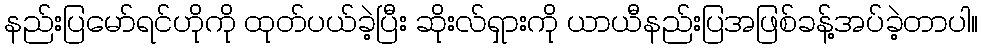
နည်းပြမော်ရင်ဟိုကို ထုတ်ပယ်ခဲ့ပြီး ဆိုးလ်ရှားကို ယာယီနည်းပြအဖြစ်ခန့်အပ်ခဲ့တာပါ။